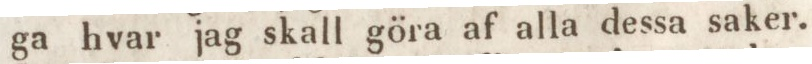
ga hvar jag skall göra af alla dessa saker.